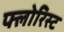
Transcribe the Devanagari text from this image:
फ्लोरिस्ट